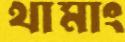
থামাং